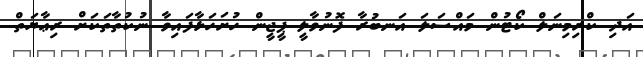
އަދި ކްރިމިނަލް ކޯޓުން މައްސަލަ އަނބުރާ ފޮނުވާލީ ޕީޖީން ހުށަހަޅާފައިވާ ނުކުތާތަކަށް ރިޢާޔަތް